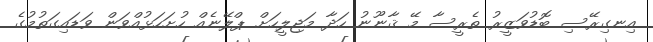
އިނގިރޭސި ބޮޑުވަޒީރު ތެރީސާ މޭ ޤާނޫނު ހަދާ މަޖިލީހަށް ޕްލޭނެއް ހުށަހަޅުއްވަން ވަޑައިގަތުމުގެ